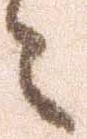
々